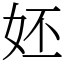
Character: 㚰